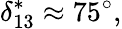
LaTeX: \delta_{13}^{*}\approx 75^{\circ},